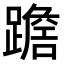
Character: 𨅧